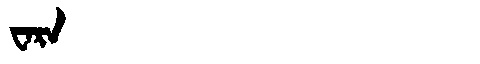
Manchu: ᠸᠠᡵᠠ
Romanization: WARA